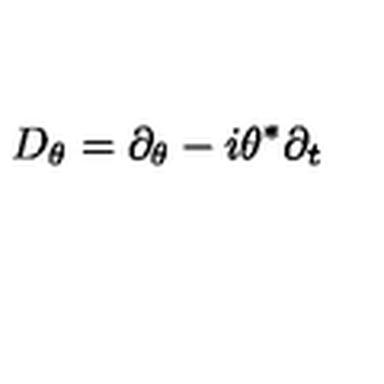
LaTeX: D _ { \theta } = \partial _ { \theta } - i \theta ^ { \ast } \partial _ { t }